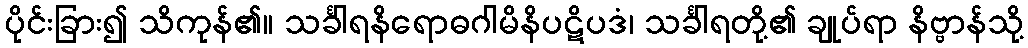
ပိုင်းခြား၍ သိကုန်၏။ သင်္ခါရနိရောဓဂါမိနိပဋိပဒံ၊ သင်္ခါရတို့၏ ချုပ်ရာ နိဗ္ဗာန်သို့